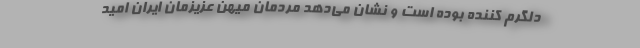
دلگرم کننده بوده است و نشان می‌دهد مردمان میهن عزیزمان ایران امید